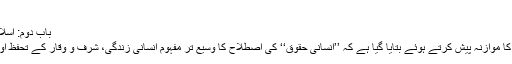
[2]
باب دوم: اسلامی اور مغربی تصور حقوق کا موازنہ[ترمیم]
اس باب میں اسلامی اور مغربی تصور حقوق کا موازنہ پیش کرتے ہوئے بتایا گیا ہے کہ ’’انسانی حقوق‘‘ کی اصطلاح کا وسیع تر مفہوم انسانی زندگی، شرف و وقار کے تحفظ اور اس سے متعلقہ معاملات کا احاطہ کرتاہے۔